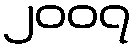
၂၀၀၇